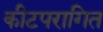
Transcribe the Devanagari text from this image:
कीटपरागित